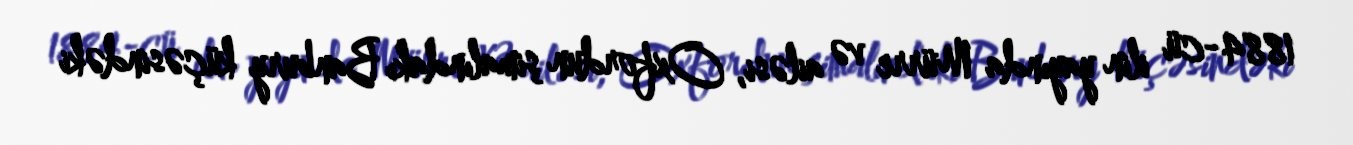
1884-cü ilin yayında Mürre və ailəsi, Oxfordun şimalındakı Banbury küçəsindəki